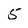
Character: 5